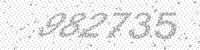
Solution: 982735